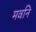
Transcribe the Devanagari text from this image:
मवनि